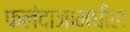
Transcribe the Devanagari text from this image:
फलंदाजांमधील